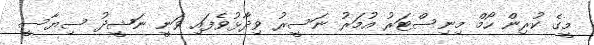
މީގެ ކުރިން ހޯމް މިނިސްޓަރު އުމަރު ނަސީރު ވިދާޅުވެފައި ވަނީ ނަޝީދު ސިޔާސީ